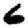
Digit: 6